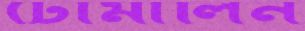
টোমালিন